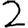
Digit: 2